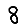
Digit: 8